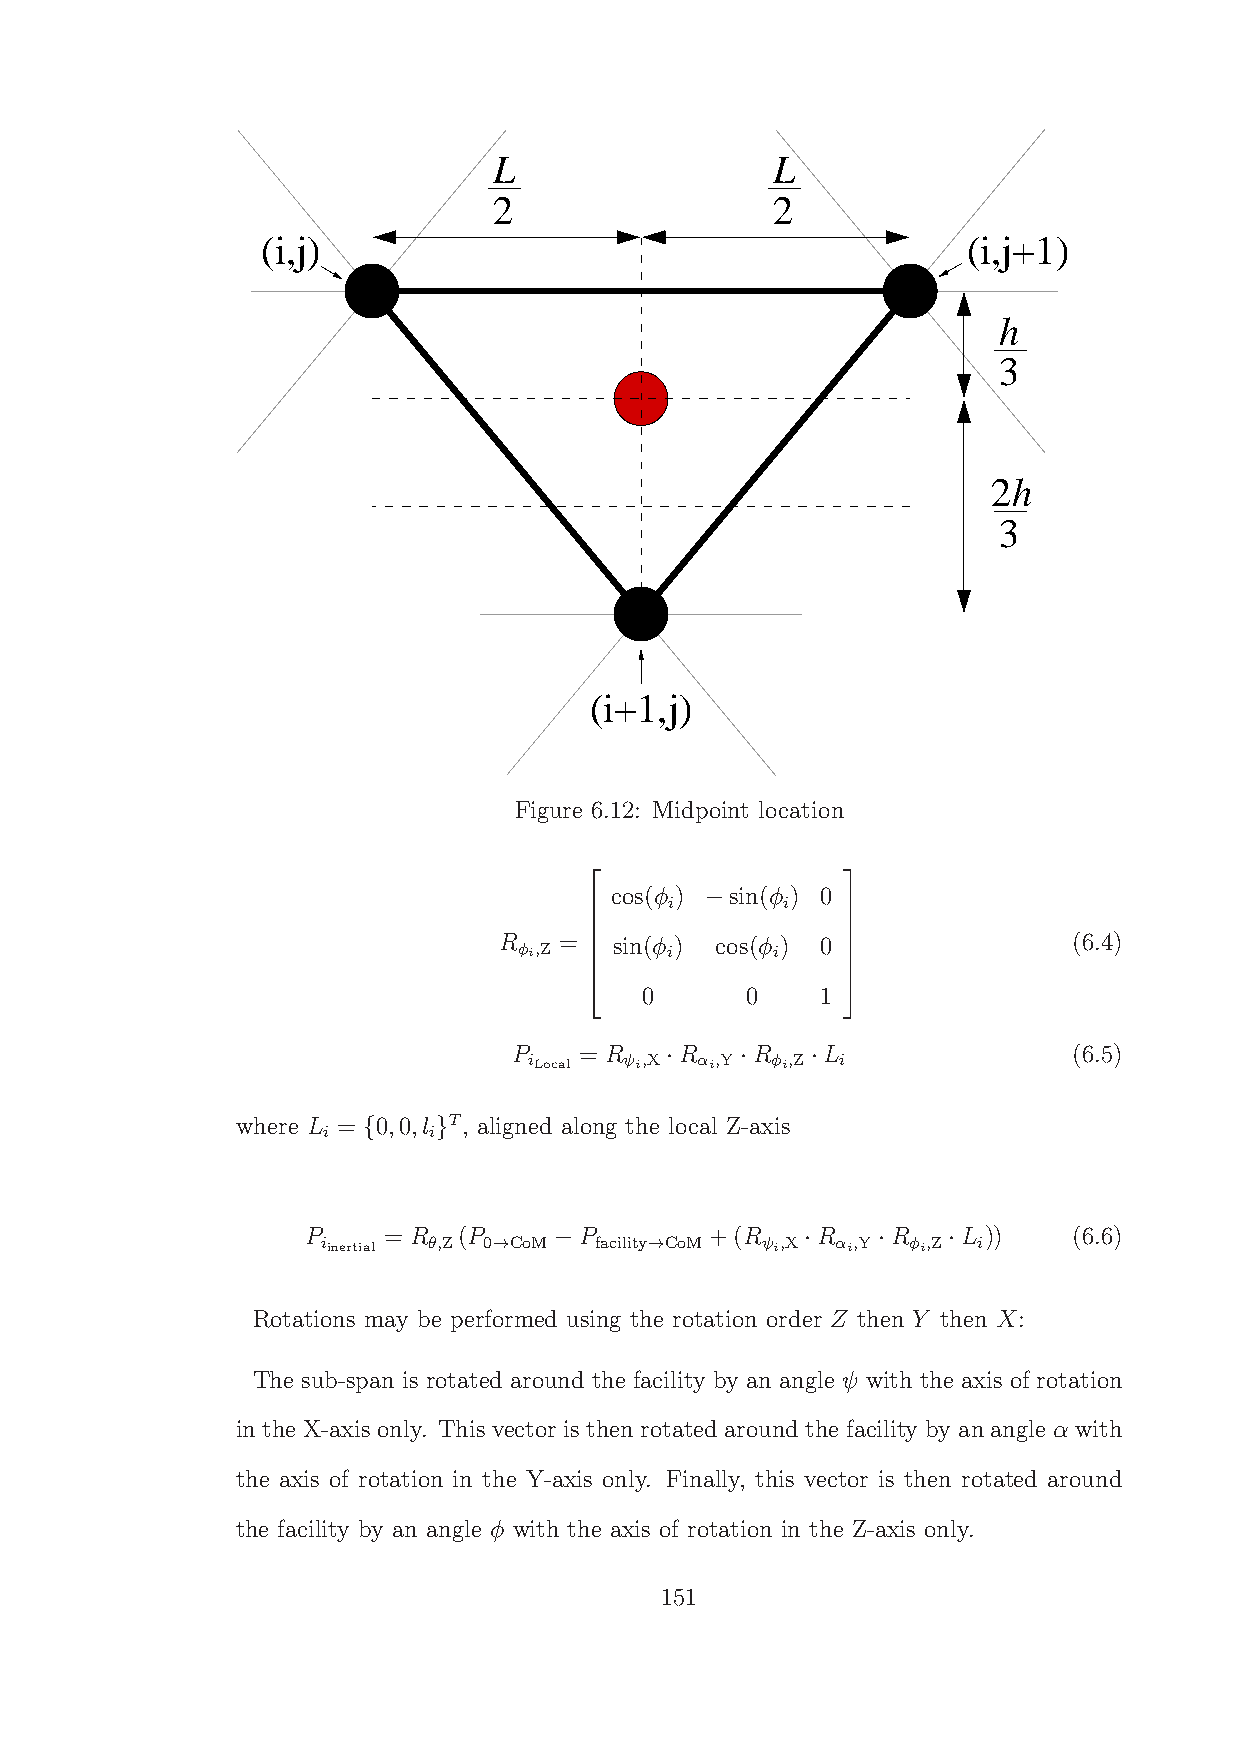
L                 L
 2                 2
 (i,j)                                          (i,j+1)
 h
 3
 2h
 3
 (i+1,j)
 Figure 6.12: Midpoint location
 cos(φ ) sin(φ ) 0
 i       i
 −
                 
 R φi,Z = sin(φ i) cos(φ i) 0          (6.4)
                 
                 
 0      0    1
                 
                 
                 
 P   = R    R    R   L                (6.5)
 iLocal ψi,X
 ·
 αi,Y
 ·
 φi,Z
 ·
 i
 where L = 0,0,l T, aligned along the local Z-axis
 i      i
 {    }
 P iinertial = R θ,Z(P 0→CoM −P facility→CoM +(R ψi,X ·R αi,Y ·R φi,Z ·L i)) (6.6)
 Rotations may be performed using the rotation order Z then Y then X:
 The sub-span is rotated around the facility by an angle ψ with the axis of rotation
 in the X-axis only. This vector is then rotated around the facility by an angle α with
 the axis of rotation in the Y-axis only. Finally, this vector is then rotated around
 the facility by an angle φ with the axis of rotation in the Z-axis only.
 151